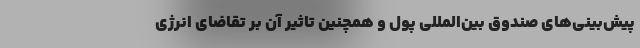
پیش‌بینی‌های صندوق بین‌المللی پول و همچنین تاثیر آن بر تقاضای انرژی